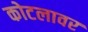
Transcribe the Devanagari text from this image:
कोटलावर